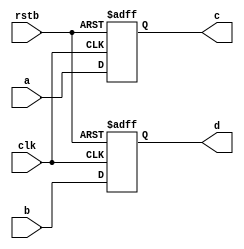
// behave_model.v

module behave_model(c, d, rstb, clk, a, b);
output reg c, d;
input rstb, clk, a, b;

always @(posedge clk or negedge rstb)
if(!rstb) begin
    c <= 0;
    d <= 0;
end
else begin
    c <= a;
    d <= b;
end
endmodule

// behave_model_tb.v
`timescale 1ns/1ns

module behave_model_tb;
wire c, d;
reg rstb, clk, a, b;

behave_model behave_model_tb0(
    .rstb(rstb),
    .clk(clk),
    .a(a),
    .b(b),
    .c(c),
    .d(d)
);

initial
begin
    rstb = 0;
    clk = 0;
    a = 0;
    b = 0;
    #15 rstb = 1;
end

always #5 clk = ~clk;
always #10 a = ~a;
always #20 b = ~b;

endmodule